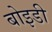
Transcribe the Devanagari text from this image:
बोइडी